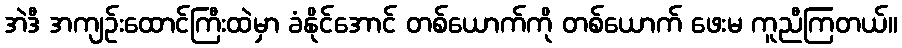
အဲဒီ အကျဉ်းထောင်ကြီးထဲမှာ ခံနိုင်အောင် တစ်ယောက်ကို တစ်ယောက် ဖေးမ ကူညီကြတယ်။